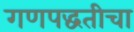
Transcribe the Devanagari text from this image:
गणपद्धतीचा